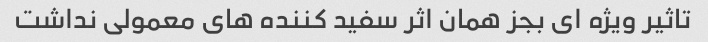
تاثیر ویژه ای بجز همان اثر سفید کننده های معمولی نداشت